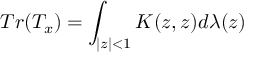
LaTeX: T r ( T _ { x } ) = \int _ { | z | < 1 } K ( z , z ) d \lambda ( z )